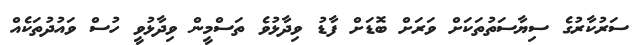
ސަރުކާރުގެ ސިޔާސަތުތަކަށް ވަރަށް ބޮޑަށް ފާޑު ވިދާޅުވެ ތަސްމީން ވިދާޅުވީ ހުސް ވައުދުތަކެއް